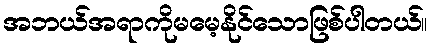
အဘယ်အရာကိုမမေ့နိုင်သောဖြစ်ပါတယ်။